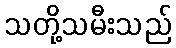
သတို့သမီးသည်